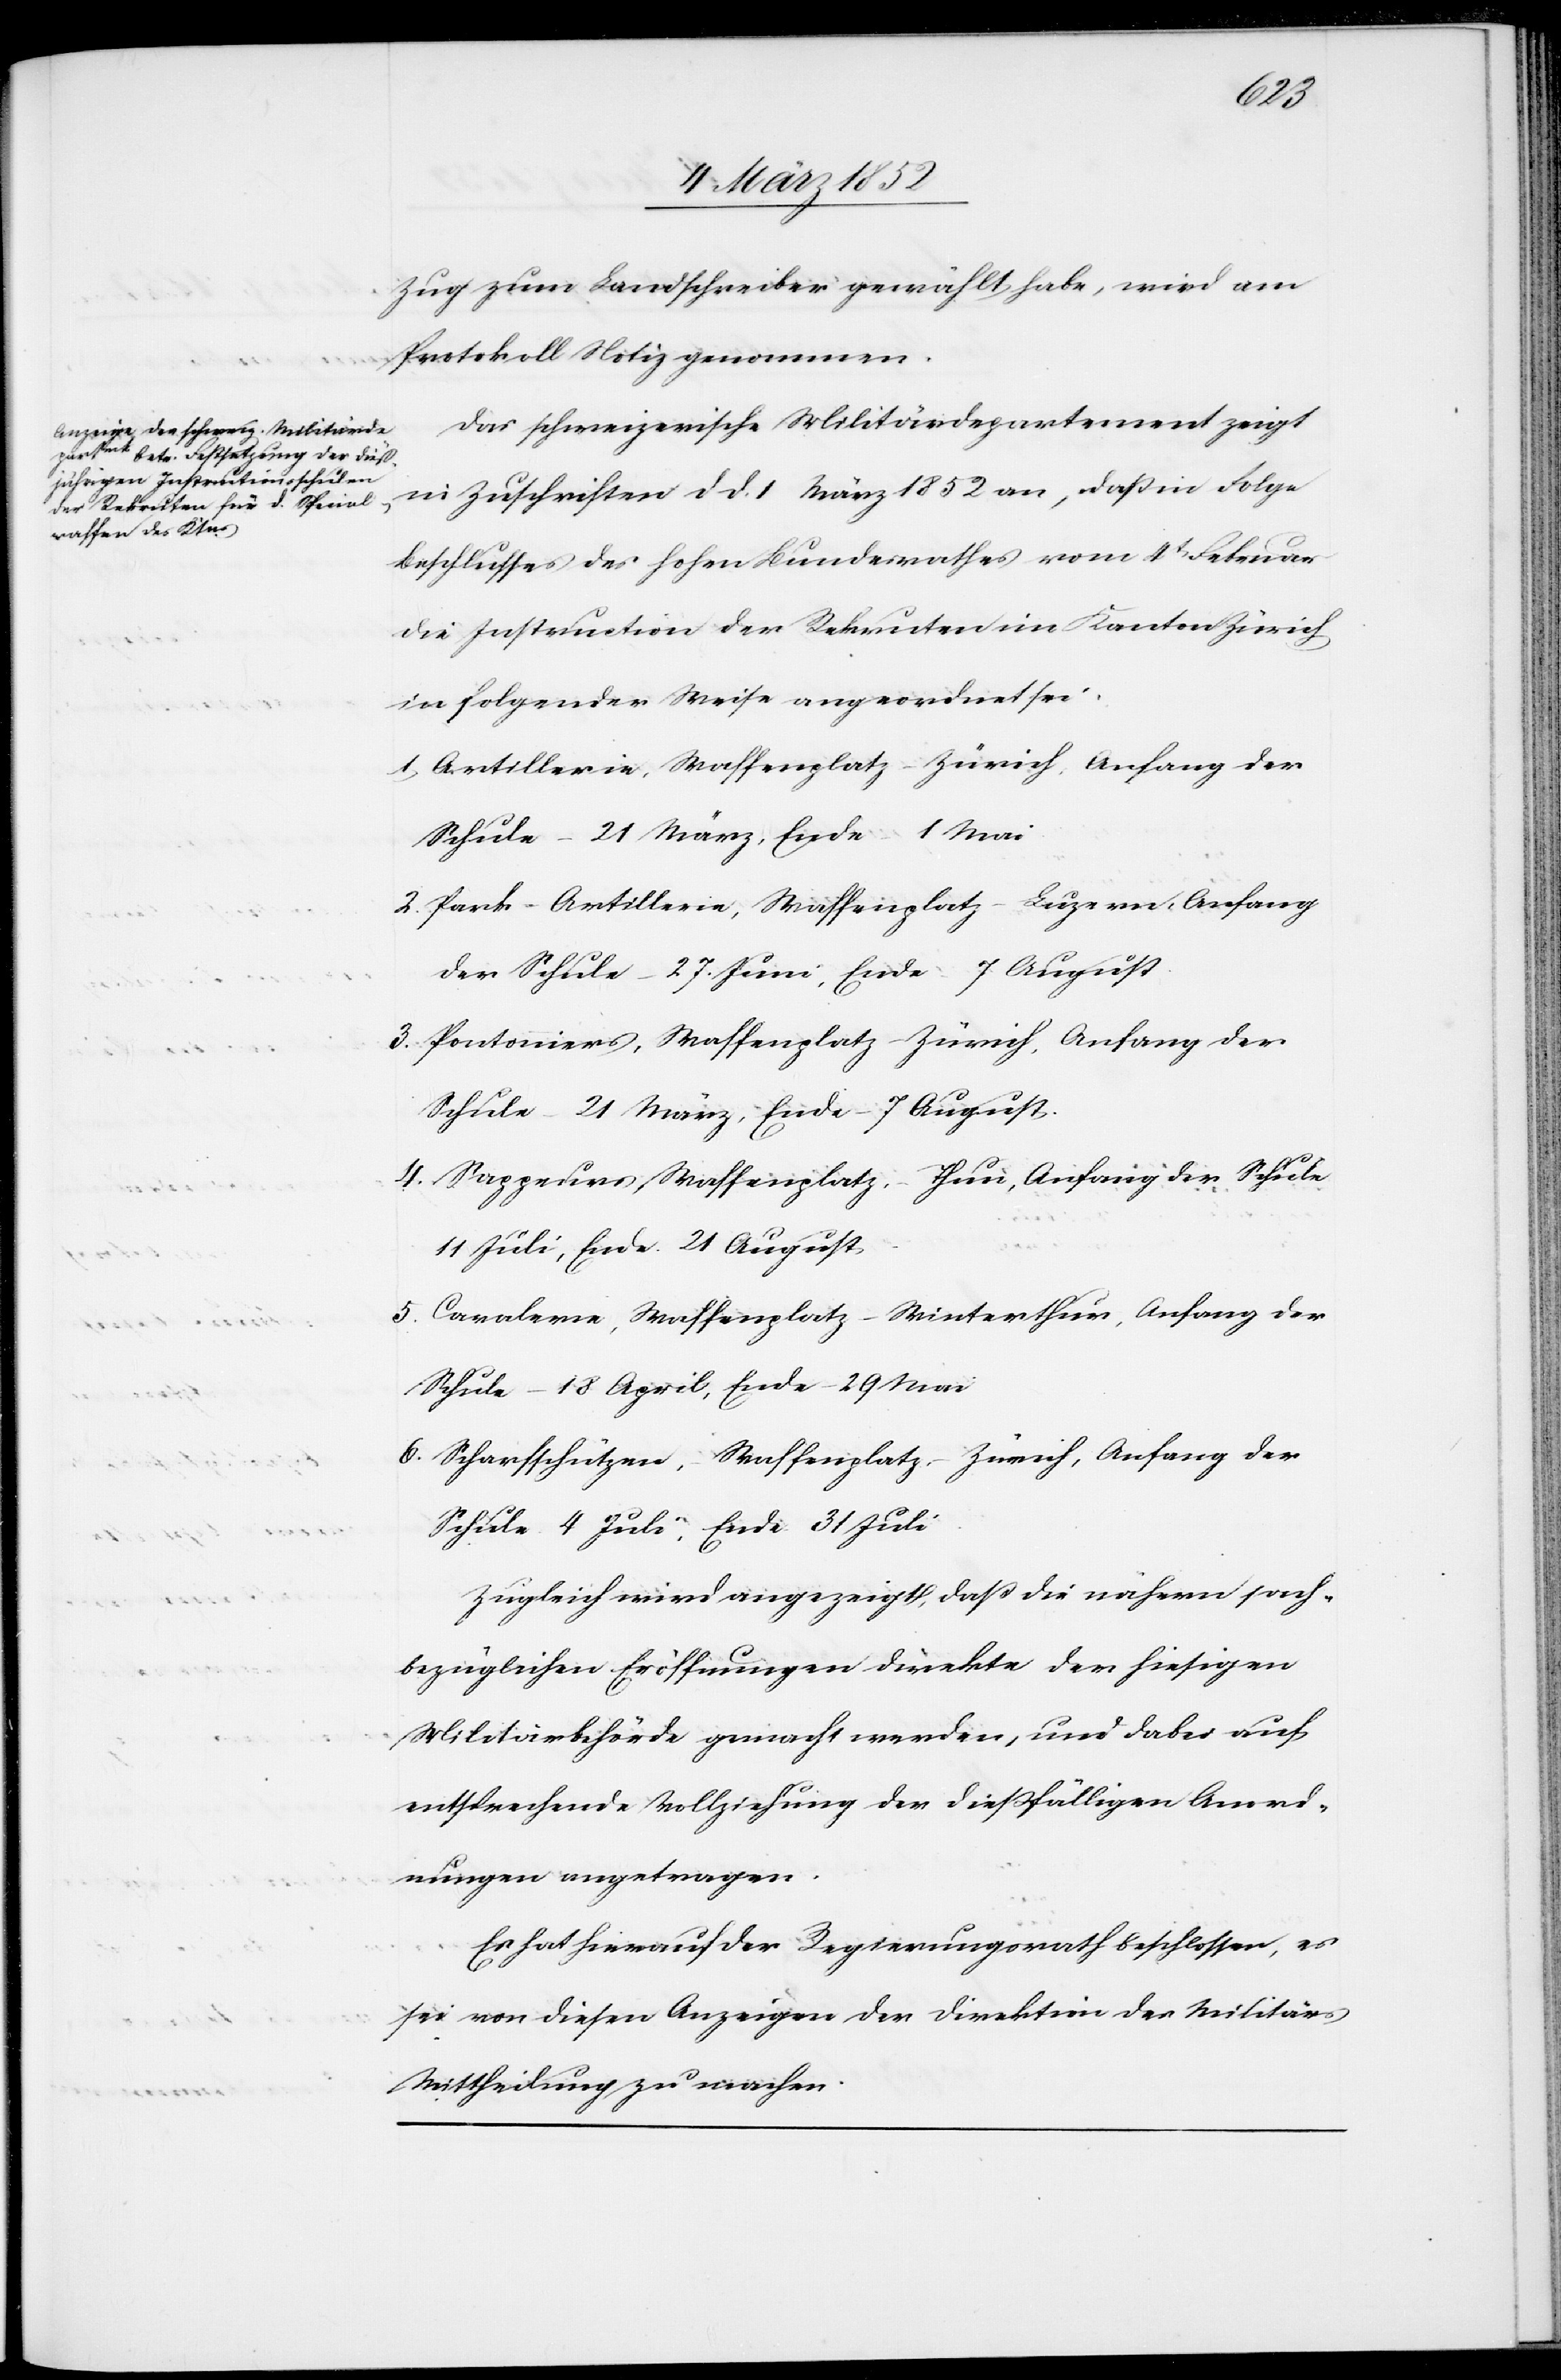
Zug zum Landschreiber gewählt habe, wird am
Protokoll Notiz genommen.
Das schweizerische Militärdepartement zeigt
in Zuschriften d d. 1 März 1852 an, daß in Folge
Beschlusses des hohen Bundesrathes vom 4t Februar
die Instruction der Rekruten im Kanton Zürich
in folgender Weise angeordnet sei.
1) Artillerie, Waffenplatz – Zürich, Anfang der
Schule – 21 März, Ende – 1 Mai.
2. Park – Artillerie, Waffenplatz – Luzern, Anfang
der Schule – 27. Juni, Ende – 7 August.
3. Pontoniers, Waffenplatz – Zürich, Anfang der
Schule – 21 März, Ende – 7 August.
4. Sappeurs Waffenplatz – Thun, Anfang der Schule
11 Juli, Ende 21 August.
5. Cavalerie, Waffenplatz – Winterthur, Anfang der
Schule – 18 April, Ende – 29 Mai
6. Scharfschützen, Waffenplatz – Zürich, Anfang der
Schule 4 Juli, Ende 31 Juli.
Zugleich wird angezeigt, daß die nähern nach¬
bezüglichen Eröffnungen direkte der hiesigen
Militärbehörde gemacht werden, und dabei auf
entsprechende Vollziehung der dießfälligen Anord¬
nungen angetragen.
Es hat hierauf der Regierungsrath beschlossen, es
sei von diesen Anzeigen der Direktion des Militärs
Mittheilung zu machen.